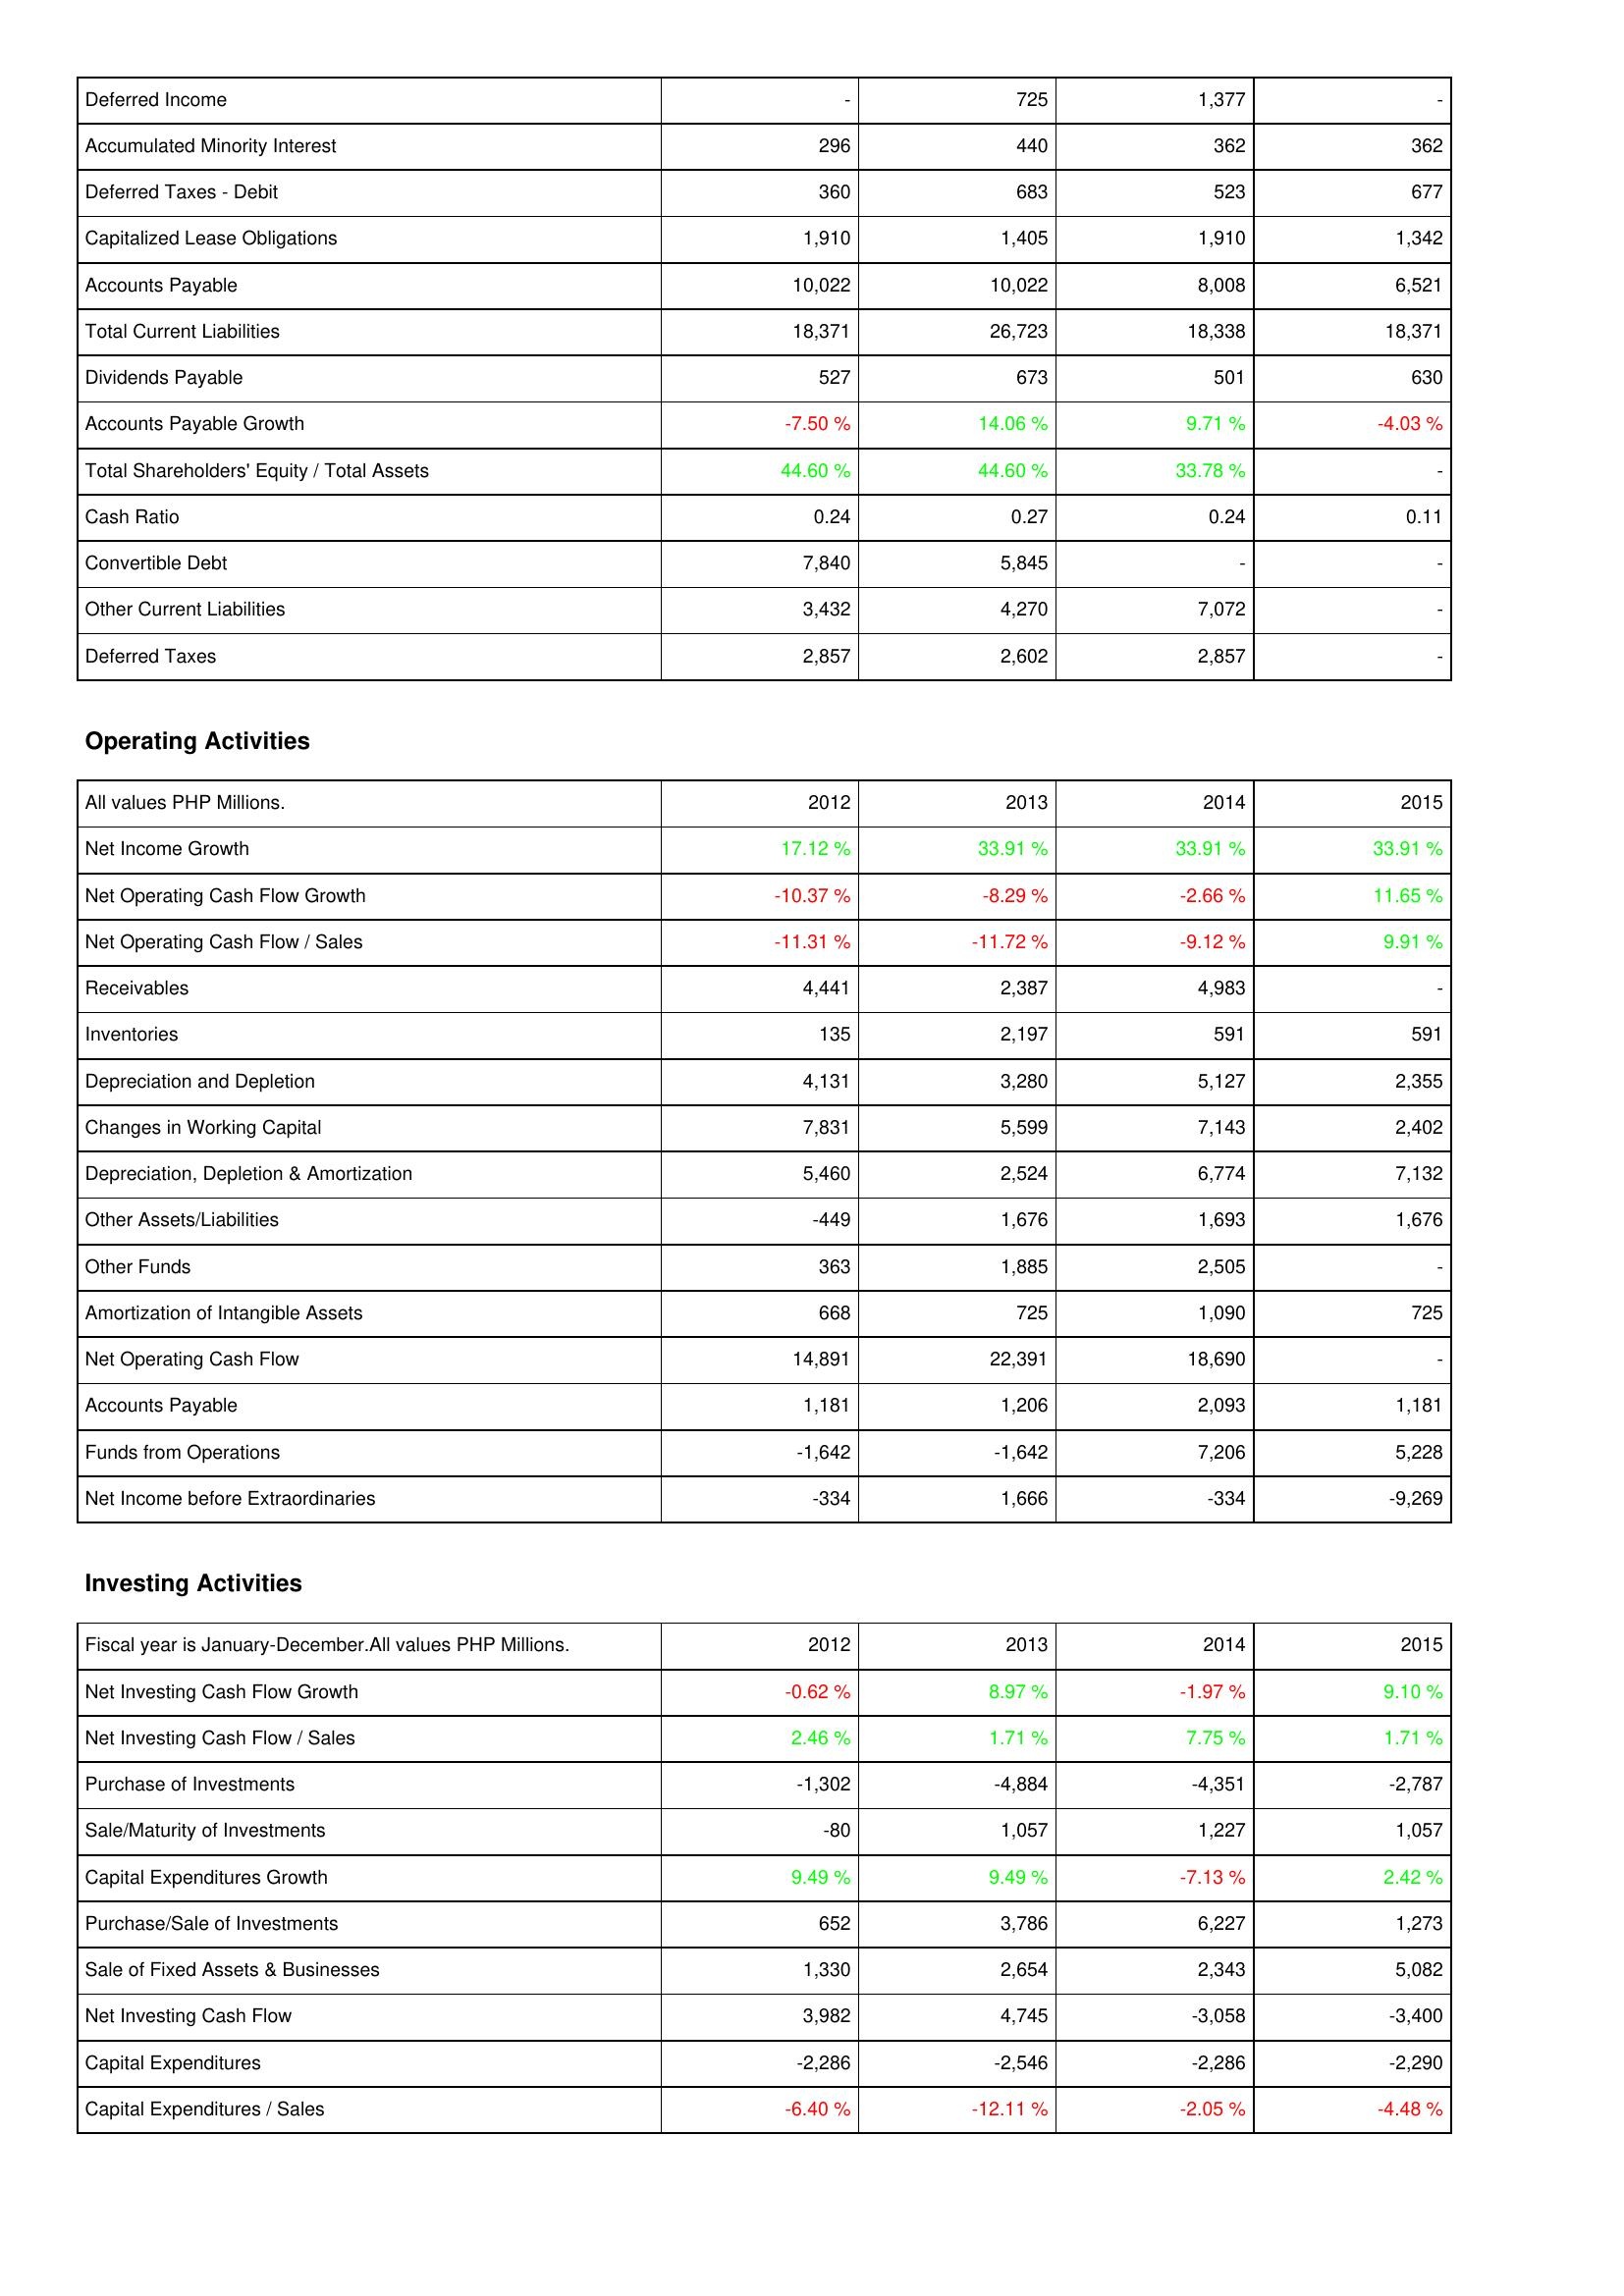
2012: Liabilities & Shareholders' Equity: Deferred Income: -
Accumulated Minority Interest: 296
Deferred Taxes - Debit: 360
Capitalized Lease Obligations: 1,910
Accounts Payable: 10,022
Total Current Liabilities: 18,371
Dividends Payable: 527
Accounts Payable Growth: -7.50 %
Total Shareholders' Equity / Total Assets: 44.60 %
Cash Ratio: 0.24
Convertible Debt: 7,840
Other Current Liabilities: 3,432
Deferred Taxes: 2,857
Operating Activities: Net Income Growth: 17.12 %
Net Operating Cash Flow Growth: -10.37 %
Net Operating Cash Flow / Sales: -11.31 %
Receivables: 4,441
Inventories: 135
Depreciation and Depletion: 4,131
Changes in Working Capital: 7,831
Depreciation, Depletion & Amortization: 5,460
Other Assets/Liabilities: -449
Other Funds: 363
Amortization of Intangible Assets: 668
Net Operating Cash Flow: 14,891
Accounts Payable: 1,181
Funds from Operations: -1,642
Net Income before Extraordinaries: -334
Investing Activities: Net Investing Cash Flow Growth: -0.62 %
Net Investing Cash Flow / Sales: 2.46 %
Purchase of Investments: -1,302
Sale/Maturity of Investments: -80
Capital Expenditures Growth: 9.49 %
Purchase/Sale of Investments: 652
Sale of Fixed Assets & Businesses: 1,330
Net Investing Cash Flow: 3,982
Capital Expenditures: -2,286
Capital Expenditures / Sales: -6.40 %
2013: Liabilities & Shareholders' Equity: Deferred Income: 725
Accumulated Minority Interest: 440
Deferred Taxes - Debit: 683
Capitalized Lease Obligations: 1,405
Accounts Payable: 10,022
Total Current Liabilities: 26,723
Dividends Payable: 673
Accounts Payable Growth: 14.06 %
Total Shareholders' Equity / Total Assets: 44.60 %
Cash Ratio: 0.27
Convertible Debt: 5,845
Other Current Liabilities: 4,270
Deferred Taxes: 2,602
Operating Activities: Net Income Growth: 33.91 %
Net Operating Cash Flow Growth: -8.29 %
Net Operating Cash Flow / Sales: -11.72 %
Receivables: 2,387
Inventories: 2,197
Depreciation and Depletion: 3,280
Changes in Working Capital: 5,599
Depreciation, Depletion & Amortization: 2,524
Other Assets/Liabilities: 1,676
Other Funds: 1,885
Amortization of Intangible Assets: 725
Net Operating Cash Flow: 22,391
Accounts Payable: 1,206
Funds from Operations: -1,642
Net Income before Extraordinaries: 1,666
Investing Activities: Net Investing Cash Flow Growth: 8.97 %
Net Investing Cash Flow / Sales: 1.71 %
Purchase of Investments: -4,884
Sale/Maturity of Investments: 1,057
Capital Expenditures Growth: 9.49 %
Purchase/Sale of Investments: 3,786
Sale of Fixed Assets & Businesses: 2,654
Net Investing Cash Flow: 4,745
Capital Expenditures: -2,546
Capital Expenditures / Sales: -12.11 %
2014: Liabilities & Shareholders' Equity: Deferred Income: 1,377
Accumulated Minority Interest: 362
Deferred Taxes - Debit: 523
Capitalized Lease Obligations: 1,910
Accounts Payable: 8,008
Total Current Liabilities: 18,338
Dividends Payable: 501
Accounts Payable Growth: 9.71 %
Total Shareholders' Equity / Total Assets: 33.78 %
Cash Ratio: 0.24
Convertible Debt: -
Other Current Liabilities: 7,072
Deferred Taxes: 2,857
Operating Activities: Net Income Growth: 33.91 %
Net Operating Cash Flow Growth: -2.66 %
Net Operating Cash Flow / Sales: -9.12 %
Receivables: 4,983
Inventories: 591
Depreciation and Depletion: 5,127
Changes in Working Capital: 7,143
Depreciation, Depletion & Amortization: 6,774
Other Assets/Liabilities: 1,693
Other Funds: 2,505
Amortization of Intangible Assets: 1,090
Net Operating Cash Flow: 18,690
Accounts Payable: 2,093
Funds from Operations: 7,206
Net Income before Extraordinaries: -334
Investing Activities: Net Investing Cash Flow Growth: -1.97 %
Net Investing Cash Flow / Sales: 7.75 %
Purchase of Investments: -4,351
Sale/Maturity of Investments: 1,227
Capital Expenditures Growth: -7.13 %
Purchase/Sale of Investments: 6,227
Sale of Fixed Assets & Businesses: 2,343
Net Investing Cash Flow: -3,058
Capital Expenditures: -2,286
Capital Expenditures / Sales: -2.05 %
2015: Liabilities & Shareholders' Equity: Deferred Income: -
Accumulated Minority Interest: 362
Deferred Taxes - Debit: 677
Capitalized Lease Obligations: 1,342
Accounts Payable: 6,521
Total Current Liabilities: 18,371
Dividends Payable: 630
Accounts Payable Growth: -4.03 %
Total Shareholders' Equity / Total Assets: -
Cash Ratio: 0.11
Convertible Debt: -
Other Current Liabilities: -
Deferred Taxes: -
Operating Activities: Net Income Growth: 33.91 %
Net Operating Cash Flow Growth: 11.65 %
Net Operating Cash Flow / Sales: 9.91 %
Receivables: -
Inventories: 591
Depreciation and Depletion: 2,355
Changes in Working Capital: 2,402
Depreciation, Depletion & Amortization: 7,132
Other Assets/Liabilities: 1,676
Other Funds: -
Amortization of Intangible Assets: 725
Net Operating Cash Flow: -
Accounts Payable: 1,181
Funds from Operations: 5,228
Net Income before Extraordinaries: -9,269
Investing Activities: Net Investing Cash Flow Growth: 9.10 %
Net Investing Cash Flow / Sales: 1.71 %
Purchase of Investments: -2,787
Sale/Maturity of Investments: 1,057
Capital Expenditures Growth: 2.42 %
Purchase/Sale of Investments: 1,273
Sale of Fixed Assets & Businesses: 5,082
Net Investing Cash Flow: -3,400
Capital Expenditures: -2,290
Capital Expenditures / Sales: -4.48 %